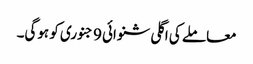
معاملے کی اگلی شنوائی 9 جنوری کو ہوگی۔